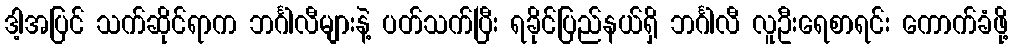
ဒါ့အပြင် သက်ဆိုင်ရာက ဘင်္ဂါလီများနဲ့ ပတ်သက်ပြီး ရခိုင်ပြည်နယ်ရှိ ဘင်္ဂါလီ လူဦးရေစာရင်း ကောက်ခံဖို့